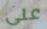
على